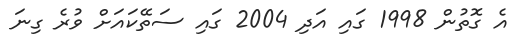
އެ ގޮތުން 1998 ގައި އަދި 2004 ގައި ސަތޭކައަށް ވުރެ ގިނަ